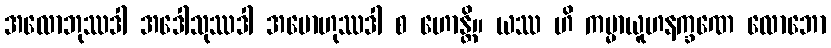
အလောဘုဿဒါ အဒေါသုဿဒါ အမောဟုဿဒါ စ ဟောန္တိ။ ယဿ ဟိ ကမ္မာယူဟနက္ခဏေ လောဘော